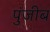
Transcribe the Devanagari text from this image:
पुंजीब